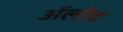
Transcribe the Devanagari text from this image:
ॲलोट